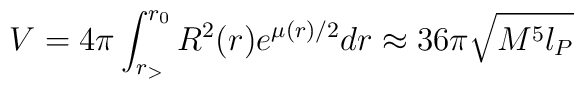
V = 4\pi \int_{r_>}^{r_0} R^2(r) e^{\mu(r)/2}dr \approx36 \pi \sqrt{M^5 l_P}